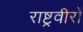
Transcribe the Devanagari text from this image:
राष्ट्रवीरों